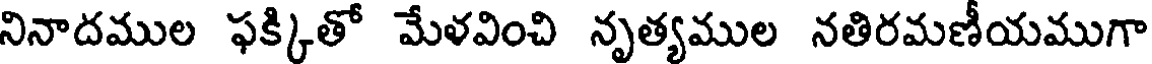
నినాదముల ఫక్కితో మేళవించి నృత్యముల నతిరమణీయముగా